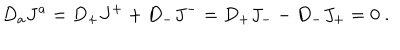
LaTeX: D _ { a } J ^ { a } = D _ { + } J ^ { + } + D _ { - } J ^ { - } = D _ { + } J _ { - } - D _ { - } J _ { + } = 0 \ .